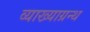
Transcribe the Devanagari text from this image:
व्याख्याग्रन्थ